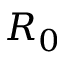
R _ { 0 }